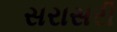
સરાસરી